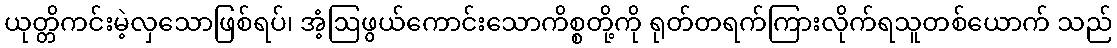
ယုတ္တိကင်းမဲ့လှသောဖြစ်ရပ်၊ အံ့ဩဖွယ်ကောင်းသောကိစ္စတို့ကို ရုတ်တရက်ကြားလိုက်ရသူတစ်ယောက် သည်